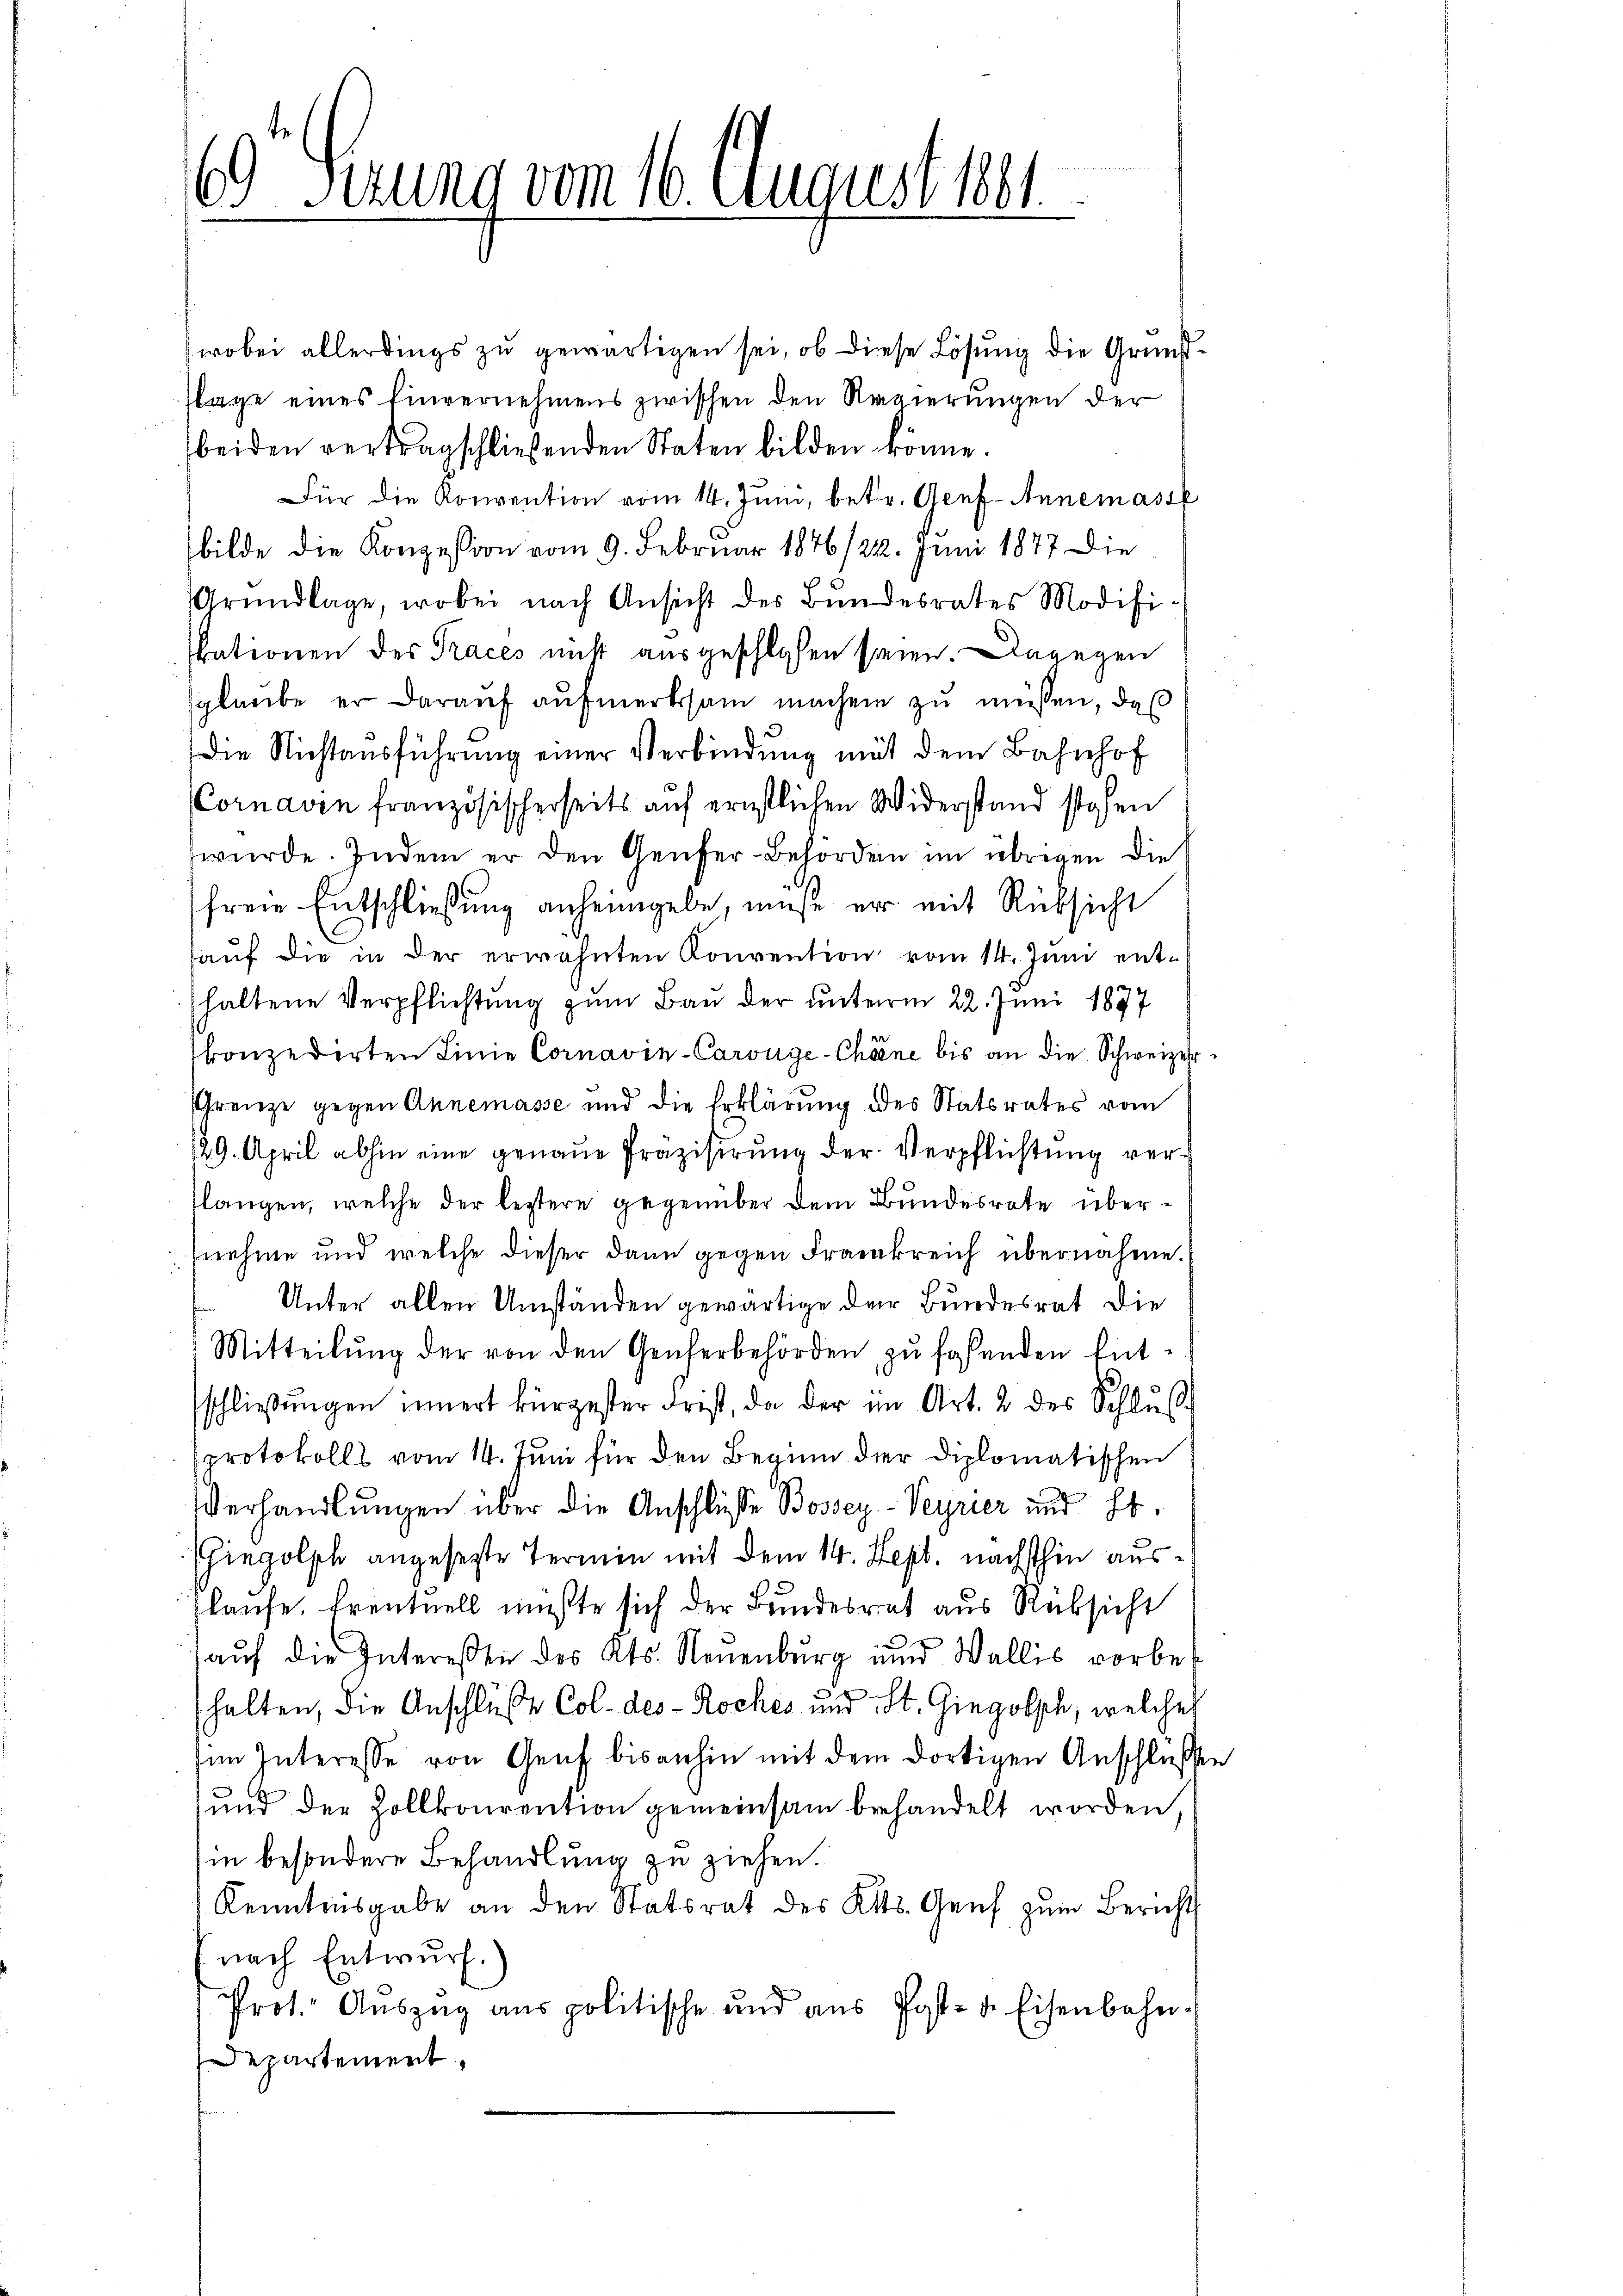
69 herung vom 16. August 1881.

wobei allerdings zu gewärtigen sei, ob diese Lösung die Grund¬
Tage eines Einvernehmens zwischen den Regierungen der
beiden vertragschließenden Staten bilden könne.
Für die Konvention vom 14. Juni, betr. Genf-Annemasse
bilde die Konzession vom 9. Februar 1876/22. Juni 1877 die
Grŭndlage, wobei nach Ansicht des Bundesrates Modifi-
kationen des Traces nicht ausgeschlossen seien. Dagegen
sglaube er darauf aufmerksam machen zu müssen, daß
Die Nichtausführung einer Verbindung mit dem Bahnhof
Cornaven französischerseits auf ernstlichen Widerstand stehen
wŭrde. Indem er den Genfer-Behörden im übrigen die
freie Entschließung anheimgebe, müße er mit Rüksicht
haŭf die in der erwähnten Konvention vom 14. Juni enthaltene Verpflichtung zum Bau der unterm 22. Juni 1877
konzedirten Linie Cornavin-Carvige-Chöne bis an die Schweizer¬
Grenze gegen Annemasse und die Erklärung des Statsrates vom
/29. April abhin eine genaue Präzisirung der Verpflichtung verslangen, welche der leztere gegenüber dem Bundesrate übernahme und welche dieser dann gegen Frankreich übernahme.
Unter allen Umständen gewärtige der Bundesrat die
Mitteilŭng der von den Genferbehörden zŭ faßenden Ent-
schließungen innert bürgester Frist, da der im Art. 2 des Schlŭβ
sprotokolls vom 14. Juni für den Beginn der diplomatischen
Verhandlungen über die Anschlüsse Bossey-Veyrier und St.
hiegolph angesetzte Termin mit dem 14. Sept. nächsthin auslaufe. Eventuell müßte sich der Bundesrat aus Rüksicht
aŭf die Intereßen des Kts. Neuenburg und Wallis vorbe-
.
halten, die Anschlüße Col. des - Roches und St. Gingolsch, welches
im Interesse von Genf bisanhin mit dem dortigen Anschlüßen
und der Zollkonrention gemeinsam beehandelt worden,
in besondere Behandlung zu ziehen.
Kenntnisgabe an den Statsrat des Kts. Genf zum Bericht
nach Entwurf.)
Prot. Auszug aus politische und aus Post- & Eisenbahn¬
Departement